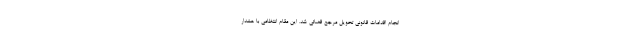
انجام اقدامات قانونی تحویل مرجع قضائی شد. این مقام انتظامی با هشدار